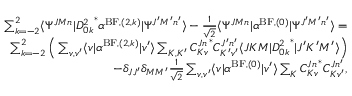
\begin{array} { r } { \sum _ { k = - 2 } ^ { 2 } \langle \Psi ^ { J M n } \vert { D _ { 0 k } ^ { 2 } } ^ { * } \alpha ^ { \mathrm { B F } , ( 2 , k ) } \vert \Psi ^ { J ^ { \prime } M ^ { \prime } n ^ { \prime } } \rangle - \frac { 1 } { \sqrt { 2 } } \langle \Psi ^ { J M n } \vert \alpha ^ { \mathrm { B F } , ( 0 ) } \vert \Psi ^ { J ^ { \prime } M ^ { \prime } n ^ { \prime } } \rangle = } \\ { \sum _ { k = - 2 } ^ { 2 } \Big ( \sum _ { v , v ^ { \prime } } \langle v \vert \alpha ^ { \mathrm { B F } , ( 2 , k ) } \vert v ^ { \prime } \rangle \sum _ { K , K ^ { \prime } } { C _ { K v } ^ { J n } } ^ { * } C _ { K ^ { \prime } v ^ { \prime } } ^ { J ^ { \prime } n ^ { \prime } } \langle J K M \vert { D _ { 0 k } ^ { 2 } } ^ { * } \vert J ^ { \prime } K ^ { \prime } M ^ { \prime } \rangle \Big ) } \\ { - \delta _ { J J ^ { \prime } } \delta _ { M M ^ { \prime } } \frac { 1 } { \sqrt { 2 } } \sum _ { v , v ^ { \prime } } \langle v \vert \alpha ^ { \mathrm { B F } , ( 0 ) } \vert v ^ { \prime } \rangle \sum _ { K } { C _ { K v } ^ { J n } } ^ { * } C _ { K v ^ { \prime } } ^ { J n ^ { \prime } } , } \end{array}